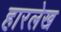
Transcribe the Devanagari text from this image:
हारलेख